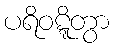
ပရိဝဋ္ဋိတွာ